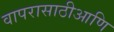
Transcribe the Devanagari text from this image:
वापरासाठीआणि